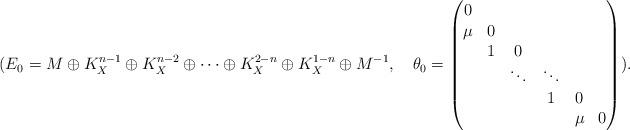
LaTeX: \begin{align*}(E_0=M\oplus K_X^{n-1}\oplus K_X^{n-2}\oplus \cdots \oplus K_X^{2-n}\oplus K_X^{1-n}\oplus M^{-1}, \quad\theta_0=\begin{pmatrix}0&&&&&\\\mu&0&&&&\\&1&0&&&\\&&\ddots&\ddots&\\&&&1&0&\\&&&&\mu&0\end{pmatrix}).\end{align*}